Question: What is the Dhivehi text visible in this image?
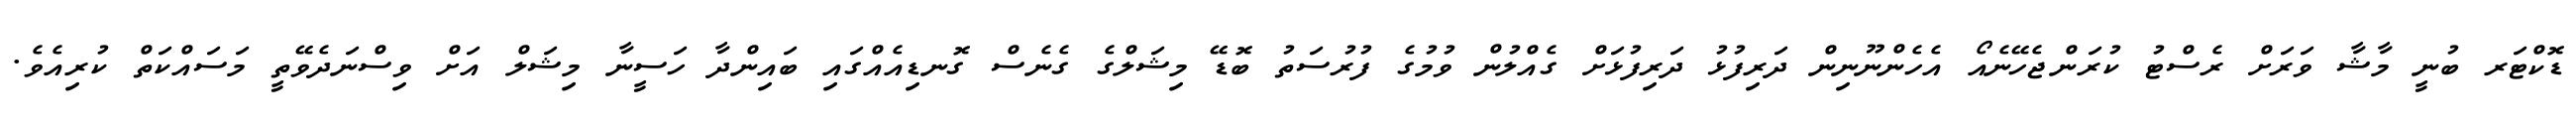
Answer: ޑޮކްޓަރ ބުނީ މާޝާ ވަރަށް ރެސްޓު ކުރަންޖެހޭނެއޯ އެހެންނޫނިން ދަރިފުޅު ދަރިފުޅަށް ގެއްލުން ވުމުގެ ފުރުސަތު ބޮޑޭ މިޝަލްގެ ގެނެސް ގޮނޑިއެއްގައި ބައިންދާ ހަސީނާ މިޝަލް އަށް ވިސްނަދެވޭތީ މަސައްކަތް ކުރިއެވެ.